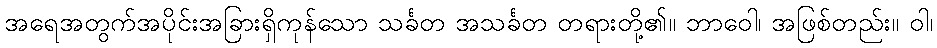
အရေအတွက်အပိုင်းအခြားရှိကုန်သော သင်္ခတ အသင်္ခတ တရားတို့၏။ ဘာဝေါ၊ အဖြစ်တည်း။ ဝါ၊